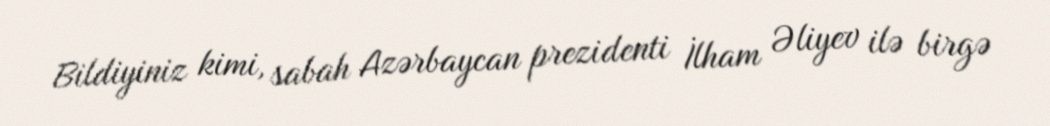
Bildiyiniz kimi, sabah Azərbaycan prezidenti İlham Əliyev ilə birgə